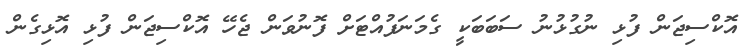
އޮކްސިޖަން ފުޅި ނުގުޅުނު ސަބަބަކީ ގެމަނަފުއްޓަށް ފޮނުވަން ޖެހޭ އޮކްސިޖަން ފުޅި އޮޅިގެން